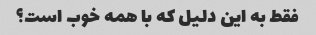
فقط به این دلیل که با همه خوب است؟